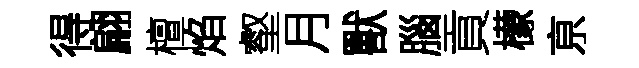
得翩檀焰壑月獸腦貢檬亰